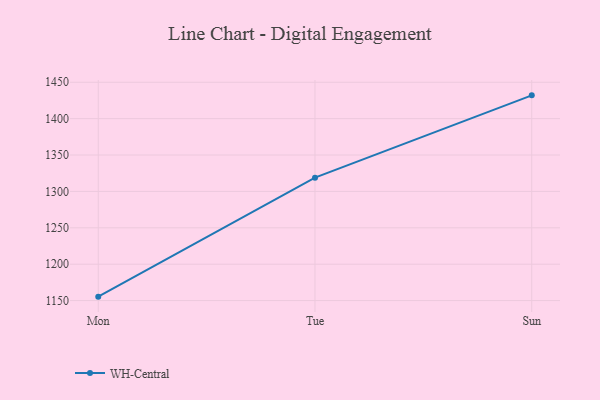
{"axis": {"x": "Day", "y": "Inventory Turnover"}, "legend": ["WH-Central"], "data": [{"x": "Mon", "y": 1155.4, "type": "WH-Central"}, {"x": "Tue", "y": 1318.9, "type": "WH-Central"}, {"x": "Sun", "y": 1432.0, "type": "WH-Central"}]}